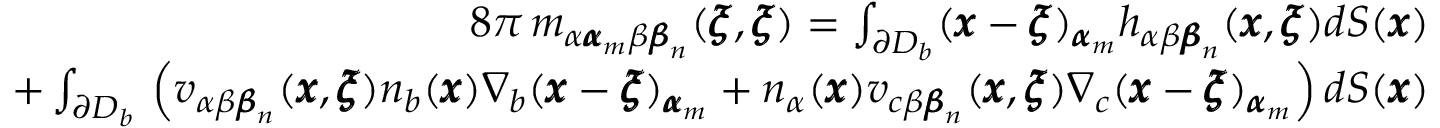
\begin{array} { r l r } & { } & { 8 \pi \, m _ { \alpha { \pmb \alpha } _ { m } \beta { \pmb \beta } _ { n } } ( { \pmb \xi } , { \pmb \xi } ) = \int _ { \partial D _ { b } } ( { \pmb x } - { \pmb \xi } ) _ { { \pmb \alpha } _ { m } } h _ { \alpha \beta { \pmb \beta } _ { n } } ( { \pmb x } , { \pmb \xi } ) d S ( { \pmb x } ) } \\ & { } & { + \int _ { \partial D _ { b } } \, \left( v _ { \alpha \beta { \pmb \beta } _ { n } } ( { \pmb x } , { \pmb \xi } ) n _ { b } ( { \pmb x } ) \nabla _ { b } ( { \pmb x } - { \pmb \xi } ) _ { { \pmb \alpha } _ { m } } + n _ { \alpha } ( { \pmb x } ) v _ { c \beta { \pmb \beta } _ { n } } ( { \pmb x } , { \pmb \xi } ) \nabla _ { c } ( { \pmb x } - { \pmb \xi } ) _ { { \pmb \alpha } _ { m } } \right) d S ( { \pmb x } ) } \end{array}